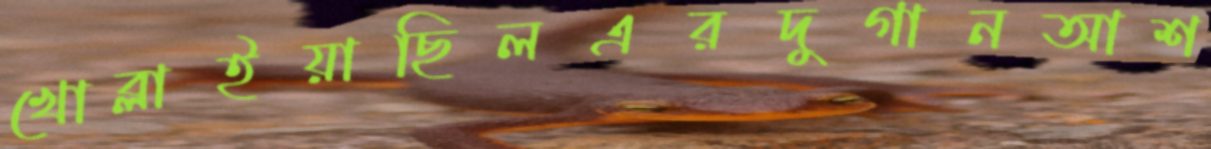
খোব্‌লাইয়াছিলএরদুগানআশ